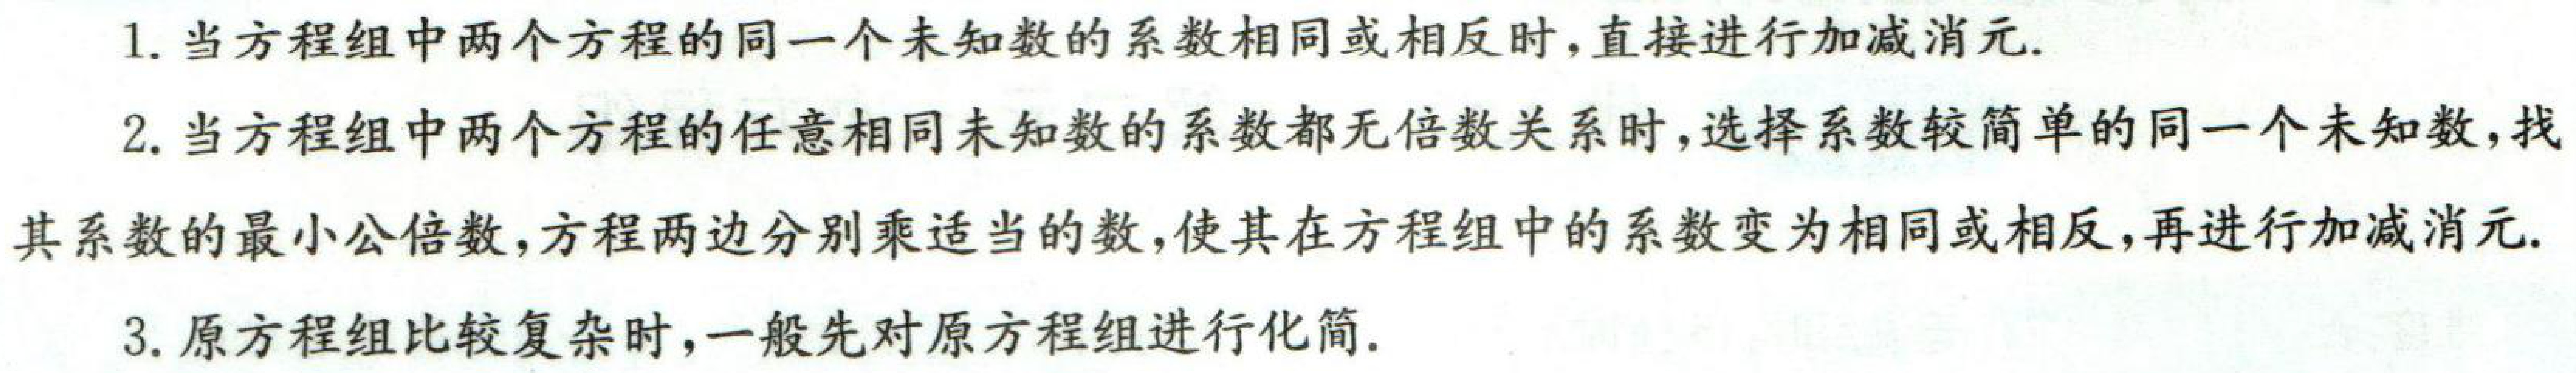
1. 当方程组中两个方程的同一个未知数的系数相同或相反时，直接进行加减消元.

2. 当方程组中两个方程的任意相同未知数的系数都无倍数关系时，选择系数较简单的同一个未知数，找其系数的最小公倍数，方程两边分别乘适当的数，使其在方程组中的系数变为相同或相反，再进行加减消元.

3. 原方程组比较复杂时，一般先对原方程组进行化简.